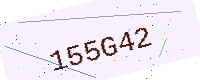
Text: 155G42